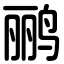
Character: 鹂